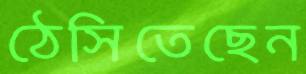
ঠেসিতেছেন